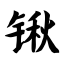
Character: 锹